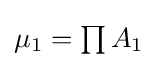
{\textstyle \mu _{1}=\prod A_{1}}